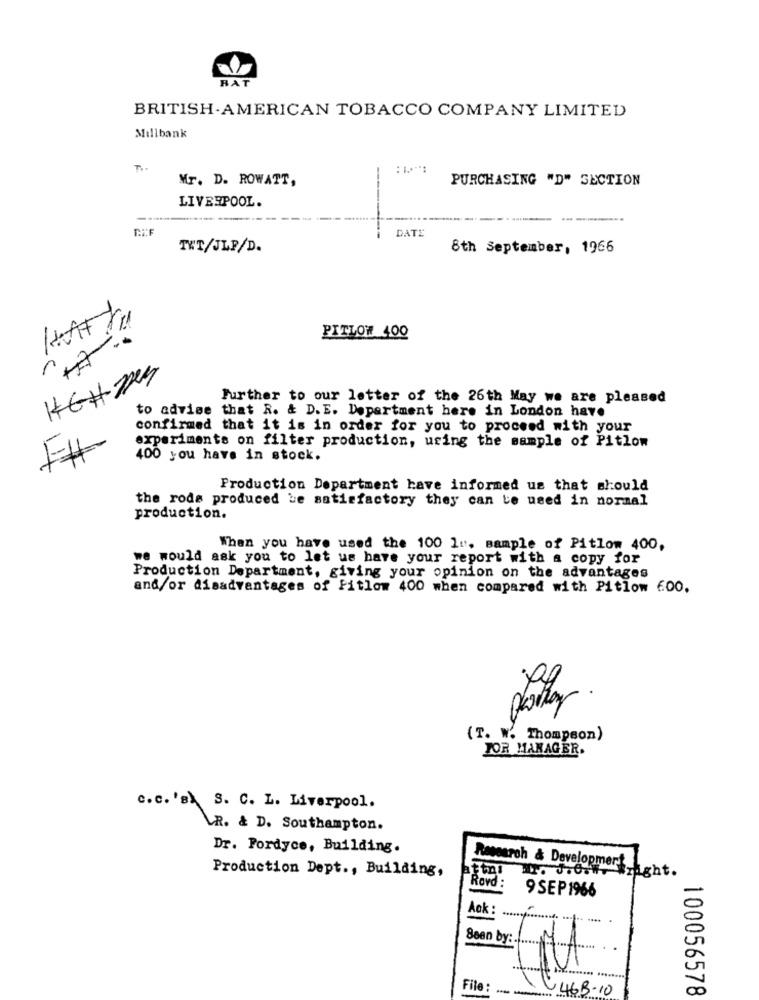
BAT
BRITISH AMERICAN TOBACCO COMPANY LIMITED
Millbank
TI.
Mr. D. ROWATT,
PURCHASING "D" SECTION
LIVERPOOL.
DATE
TWT/JLP/D.
8th September, 1966
PITLOW 400
HEHMEN
Further to our letter of the 26th May we are pleased
to advise that R. & D. E. Department here in London have
confirmed that it is in order for you to proceed with your
experiments on filter production, uring the sample of Pitlow
400 you have in stock.
Production Department have informed us that should
the rode produced be satisfactory they can be used in normal
production.
When you have used the 100 1". sample of Pitlow 400,
we would ask you to let us have your report with a copy for
Production Department, giving your opinion on the advantages
and/or disadvantages of Fitlow 400 when compared with Pitlow 600,
(T. W. Thompson)
TOR MANAGER.
c.c. 'B) S. C. L. Liverpool.
LR. & D. Southampton.
Dr. Fordyce, Building.
Production Dept ., Building,
attni
Research & Development
. J.6.## #right.
Rovd :
9 SEP 1966
Ack :
Seen by :.....
File:
V46B-10
100056578